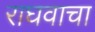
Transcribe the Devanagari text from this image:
राघवाचा